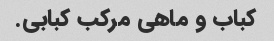
کباب و ماهی مرکب کبابی.